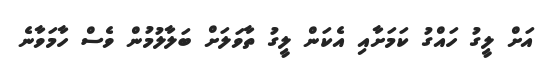
އަށް ލީގު ހައްގު ކަމަށާއި އެކަން ލީގު ތާވަލަށް ބަލާލުމުން ވެސް ހާމަވާނެ